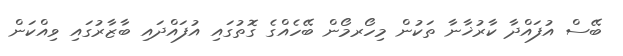
ބޭސް އުފައްދާ ކާރުޚާނާ ތަކުން މިހޯރމޯން ބޭހެއްގެ ގޮތުގައި އުފައްދައި ބާޒާރުގައި ވިއްކަން